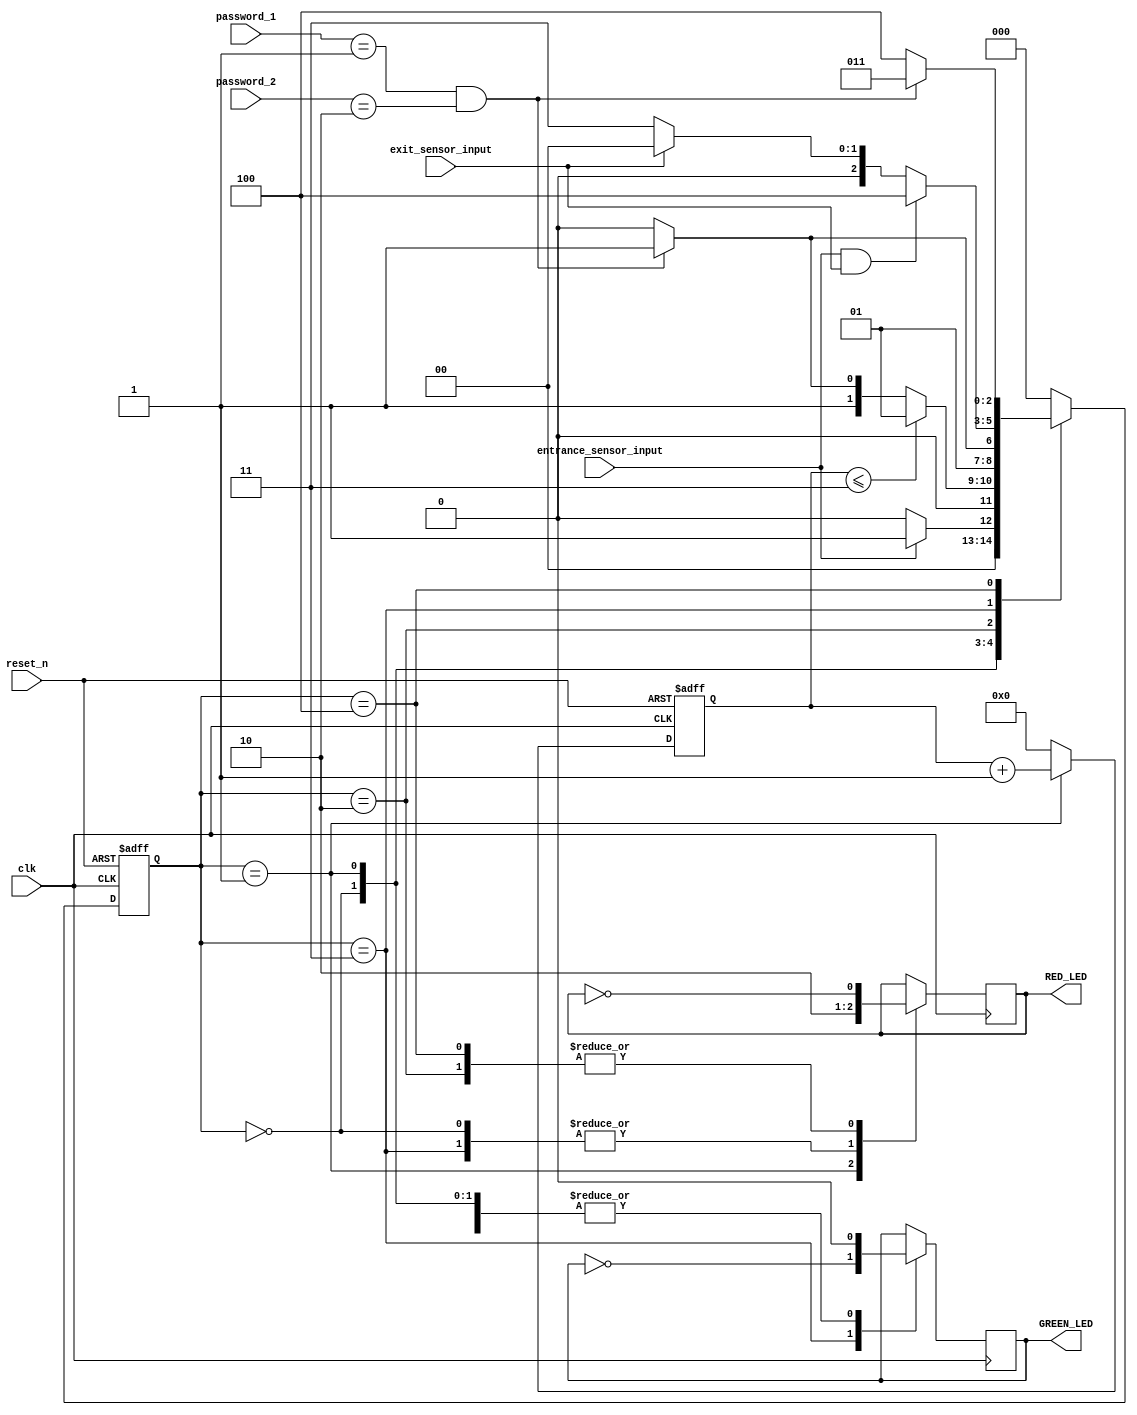
`timescale 1ns / 1ps

module project_car(
                input clk,reset_n,
                input entrance_sensor_input, exit_sensor_input,
                input [1:0] password_1, password_2,
                output wire GREEN_LED,RED_LED
                //output reg [6:0] STATE_1, STATE_2
                );
   
 parameter IDLE = 3'b000, WAIT_PASSWORD = 3'b001, WRONG_PASSWORD = 3'b010, RIGHT_PASSWORD = 3'b011,STOP = 3'b100;
 
 // Moore FSM : output just depends on the current state
 reg[2:0] current_state, next_state;
 reg[31:0] counter_wait;
 reg red_led_temp,green_led_temp;
 
 // Next state
 always @(posedge clk or negedge reset_n)
    begin
        if(~reset_n)
            current_state = IDLE;
        else
            current_state = next_state;
    end
   
 // counter_wait
 always @(posedge clk or negedge reset_n)
    begin
        if(~reset_n)
            counter_wait <= 0;
        else if(current_state==WAIT_PASSWORD)
            counter_wait <= counter_wait + 1;
        else
            counter_wait <= 0;
    end
   
 // change state
 always @(*)
    begin
        case(current_state)
            IDLE: begin
                    if(entrance_sensor_input == 1)
                        next_state = WAIT_PASSWORD;
                    else
                        next_state = IDLE;
                  end
            WAIT_PASSWORD: begin
                             if(counter_wait <= 3)
                                next_state = WAIT_PASSWORD;
                             else
                                begin
                                    if((password_1==2'b01)&&(password_2==2'b10))
                                        next_state = RIGHT_PASSWORD;
                                    else
                                        next_state = WRONG_PASSWORD;
                                end
                            end
            WRONG_PASSWORD: begin
                            if((password_1==2'b01)&&(password_2==2'b10))
                                next_state = RIGHT_PASSWORD;
                            else
                                next_state = WRONG_PASSWORD;
                        end
            RIGHT_PASSWORD: begin
                            if(entrance_sensor_input==1 && exit_sensor_input == 1)
                                next_state = STOP;
                            else if(exit_sensor_input == 1)
                                next_state = IDLE;
                            else
                                next_state = RIGHT_PASSWORD;
                         end
            STOP: begin
                    if((password_1==2'b01)&&(password_2==2'b10))
                        next_state = RIGHT_PASSWORD;
                    else
                        next_state = STOP;
                  end
            default: next_state = IDLE;
        endcase
     end
 
 // LEDs and output, change the period of blinking LEDs here
 always @(posedge clk) begin
    case(current_state)
        IDLE: begin
            green_led_temp = 1'b0;
            red_led_temp = 1'b0;
            //STATE_1 = 7'b1111111; // off
            //STATE_2 = 7'b1111111; // off
            end
        WAIT_PASSWORD: begin
            green_led_temp = 1'b0;
            red_led_temp = 1'b1;
            //STATE_1 = 7'b0000110; // E
            //STATE_2 = 7'b0101011; // n
            end
        WRONG_PASSWORD: begin
            green_led_temp = 1'b0;
            red_led_temp = ~red_led_temp;
            //STATE_1 = 7'b0000110; // E
            //STATE_2 = 7'b0000110; // E
            end
        RIGHT_PASSWORD: begin
             green_led_temp = ~green_led_temp;
             red_led_temp = 1'b0;
             //STATE_1 = 7'b0000010; // 6
             //STATE_2 = 7'b1000000; // 0
             end
        STOP: begin
             green_led_temp = 1'b0;
             red_led_temp = ~red_led_temp;
             //STATE_1 = 7'b0010010; // 5
             //STATE_2 = 7'b0001100; // P
             end
     endcase
 end
 
assign RED_LED = red_led_temp  ;
assign GREEN_LED = green_led_temp;

endmodule